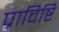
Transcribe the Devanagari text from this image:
प्राविष्टि